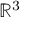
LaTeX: \mathbb { R } ^ { 3 }